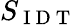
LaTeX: S_{\mathrm{~I~D~T~}}